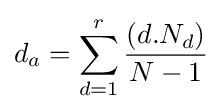
d_{a}=\sum _{d=1}^{r}{(d.N_{d}) \over N-1}